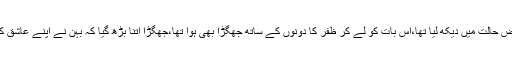
دراصل، عید والے دن ظفر نے اپنی بہن اور اس کے عاشق کو ایک ساتھ قابل اعتراض حالت میں دیکھ لیا تھا،اس بات کو لے کر ظفر کا دونوں کے ساتھ جھگڑا بھی ہوا تھا،جھگڑا اتنا بڑھ گیا کہ بہن نے اپنے عاشق کے ساتھ مل کر دھاری دار ہتھیار سے ظفر کا گلا ریت دیا اور ان کی موت ہو گئی۔